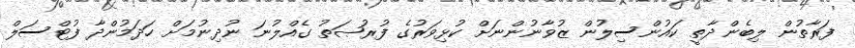
ފަރާތުން ލިބެންދާތީ ކައުންސިލުން ޒުވާނުންނަށް ކުޅިވަރުގެ ފުރުޞަތު ގެއްލުނަ ނުދިނުމަށް ހަދަމުންދާ ފުޓްސަލް